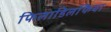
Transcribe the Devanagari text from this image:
फिलाडिलफिया